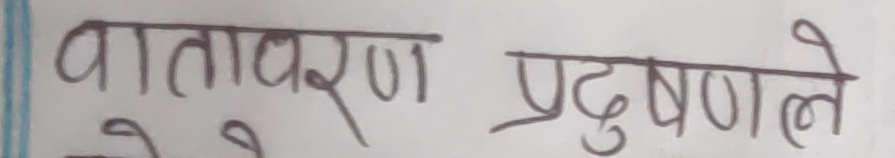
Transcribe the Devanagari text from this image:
वातावरण प्रदुषणले